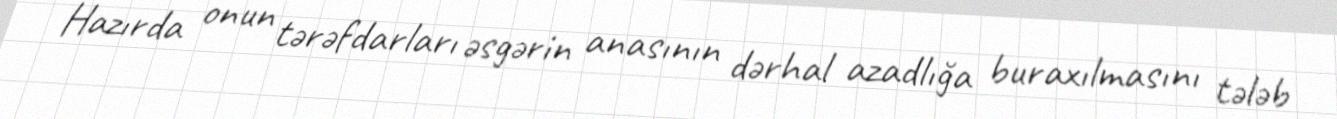
Hazırda onun tərəfdarları əsgərin anasının dərhal azadlığa buraxılmasını tələb